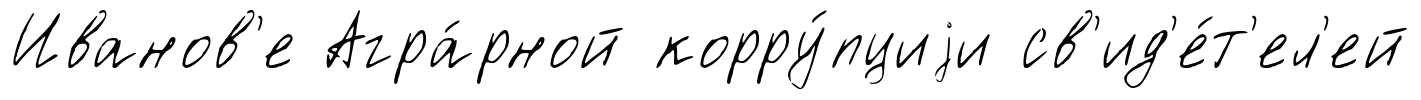
Иванов'е Агра́рной корру́пциjи св'ид'е́т'ел'ей